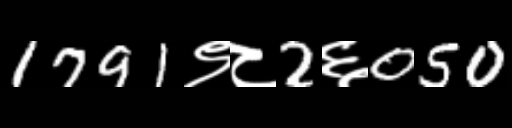
Text: 1791९८2६050